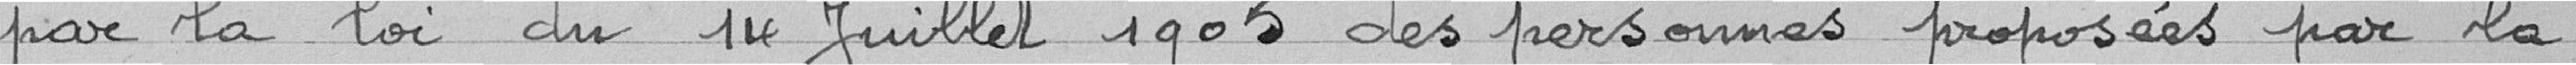
par la loi du 14 juillet 1905 des personnes proposées par la